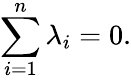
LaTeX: \sum_{i=1}^{n}\lambda_{i}=0.